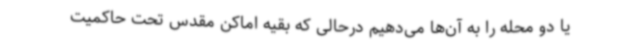
یا دو محله را به آن‌ها می‌دهیم درحالی که بقیه اماکن مقدس تحت حاکمیت